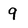
Character: 9